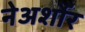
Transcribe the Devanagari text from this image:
नेअर्शोर